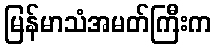
မြန်မာသံအမတ်ကြီးက